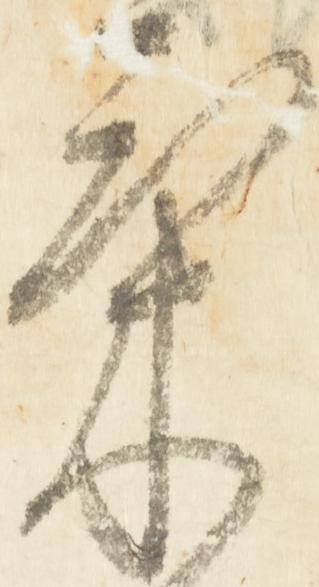
気